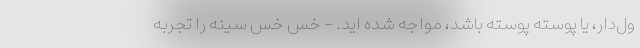
ول‌دار، یا پوسته پوسته باشد، مواجه شده اید. - خس خس سینه را تجربه